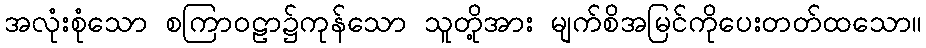
အလုံးစုံသော စကြာဝဠာ၌ကုန်သော သူတို့အား မျက်စိအမြင်ကိုပေးတတ်ထသော။